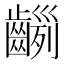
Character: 𪙂